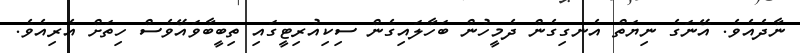
ނާދެއެވެ. އޭނަގެ ނިޔަތް އެނގިގެން ދެމީހުން ބަހާލައިގެން ސިކިއުރިޓީގައި ތިބީބާވައޭވެސް ހިތަށް އެރިއެވެ.